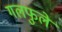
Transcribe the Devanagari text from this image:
गलफुले